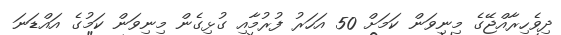
ދިވެހިރާއްޖޭގެ މިނިވަން ކަމަށް 50 އަހަރު ފުރުމާއި ގުޅިގެން މިނިވަން ކަމުގެ އައްޑަނަ